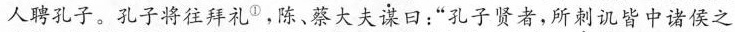
人聘孔子。孔子将往拜礼 ^{①} ,陈、蔡大夫谋口：”孔子贤者，所刺讥皆中诸侯之